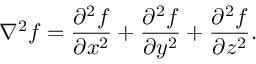
\nabla ^ { 2 } f = { \frac { \partial ^ { 2 } f } { \partial x ^ { 2 } } } + { \frac { \partial ^ { 2 } f } { \partial y ^ { 2 } } } + { \frac { \partial ^ { 2 } f } { \partial z ^ { 2 } } } .